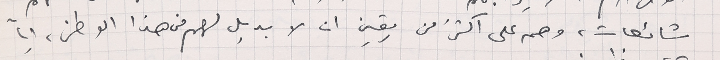
شائعات، وهم على أكثرُ من يقين ان لا بديل لهم من هذا الوطن، اياً